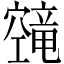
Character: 𬔔